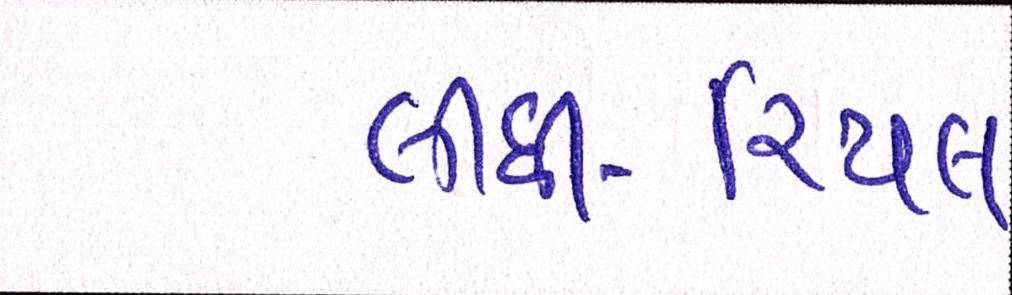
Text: લીધી-રિયલ